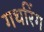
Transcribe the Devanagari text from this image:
गथरिंग